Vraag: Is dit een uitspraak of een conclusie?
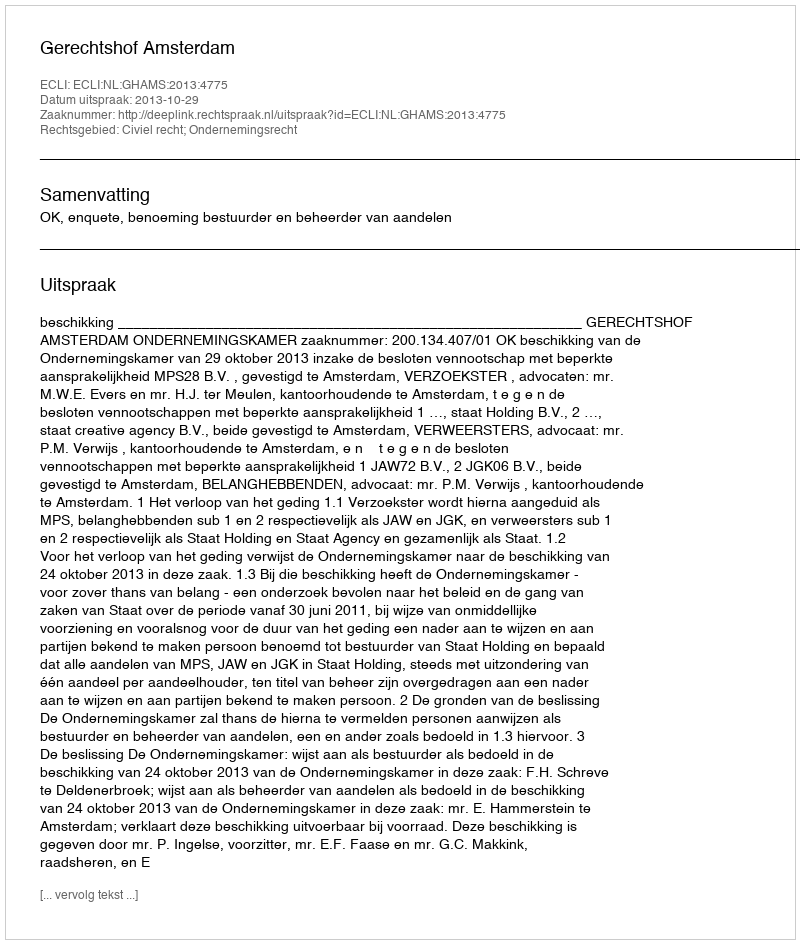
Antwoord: Uitspraak